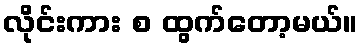
လိုင်းကား စ ထွက်တော့မယ်။